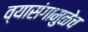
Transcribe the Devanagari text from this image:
व्यासंगामुळेच